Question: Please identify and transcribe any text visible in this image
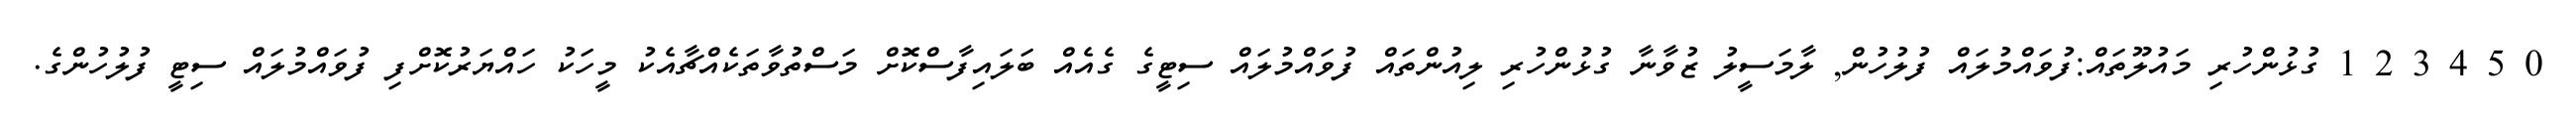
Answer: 0 5 4 3 2 1 ގުޅުންހުރި މައުލޫތައް:ފުވައްމުލައް ފުލުހުން, ލާމަސީލު ޒުވާނާ ގުޅުންހުރި ލިއުންތައް ފުވައްމުލައް ސިޓީގެ ގެއެއް ބަލައިފާސްކޮށް މަސްތުވާތަކެއްޗާއެކު މީހަކު ހައްޔަރުކޮށްފި ފުވައްމުލައް ސިޓީ ފުލުހުންގެ.